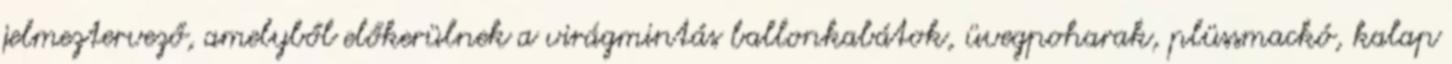
jelmeztervező, amelyből előkerülnek a virágmintás ballonkabátok, üvegpoharak, plüssmackó, kalap